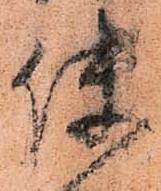
使